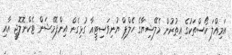
އަމިއްލަ ކޯސްތަކުގެ އިތުރުން މެލޭޝިޔާގެ ހެލްޕް ޔުނިވަސިޓީއާ ގުޅިގެން އިންފޮމޭޝަން ޓެކްނޮލޮޖީ އާއި